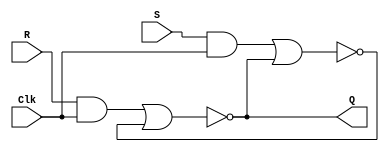
// A gated RS latch
module RS_latch(Clk, R, S, Q);
input Clk, R, S;
output Q;
wire R_g, S_g, Qa, Qb /* synthesis keep */ ;
and (R_g, R, Clk);
and (S_g, S, Clk);
nor (Qa, R_g, Qb);
nor (Qb, S_g, Qa);
assign Q = Qa;
endmodule